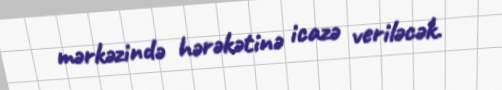
mərkəzində hərəkətinə icazə veriləcək.